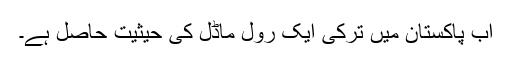
اب پاکستان میں ترکی ایک رول ماڈل کی حیثیت حاصل ہے۔